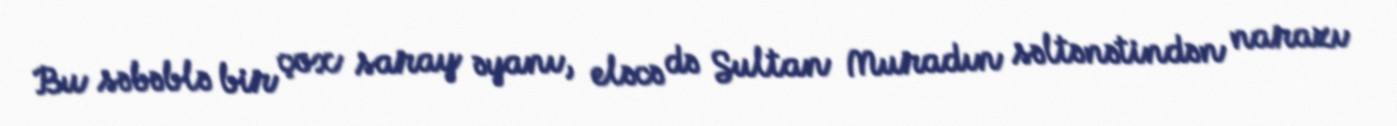
Bu səbəblə bir çox saray əyanı, eləcə də Sultan Muradın səltənətindən narazı